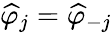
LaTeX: \widehat{\varphi}_{j}=\widehat{\varphi}_{-j}